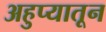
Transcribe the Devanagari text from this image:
अहुप्यातून